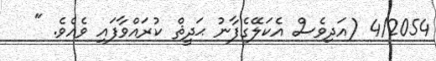
4/2054 (އަދިވެސް އެކަލޭގެފާނު ޙަދީޘް ކުރައްވާފައި ވެއެވެ. "